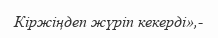
Кіржіңдеп жүріп кекерді»,-